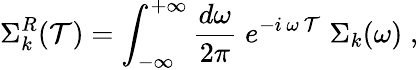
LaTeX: \Sigma_{k}^{R}(\mathcal{T})=\int_{-\infty}^{+\infty}\frac{{d\omega}}{{2\pi}}\; e^{-i\, \omega\, \mathcal{T}}\; {\Sigma}_{k}(\omega)\; ,